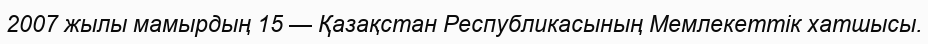
2007 жылы мамырдың 15 — Қазақстан Республикасының Мемлекеттік хатшысы.